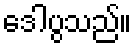
ဒေါပွသည်။